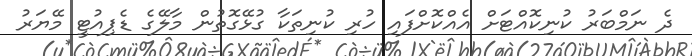
ދެ ނަމްބަރު ކުނިކޮއްޓަށް އެއްކޮށްފައި ހުރި ކުނިތަކާ ގުޅޭގޮތުން މާލޭގެ ޑެޕިއުޓީ މޭޔަރު